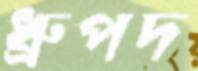
ধ্রুপদ